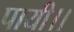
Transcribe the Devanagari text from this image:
पायी।।